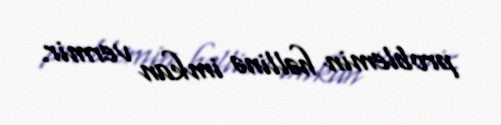
problemin həllinə imkan vermir.